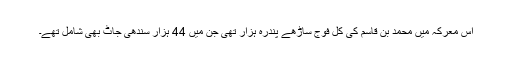
اس معرکہ میں محمد بن قاسم کی کل فوج ساڑھے پندرہ ہزار تھی جن میں 44 ہزار سندھی جاٹ بھی شامل تھے۔